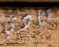
تنادي